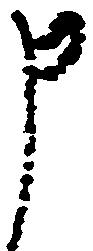
申